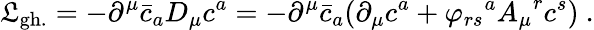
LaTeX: {\cal{\mathfrak{L}}}_{\mathrm{{gh.}}}=-{\partial}^{\mu}{\bar{{c}}}_{a}D_{\mu}{c^{a}}=-{\partial}^{\mu}{\bar{{c}}}_{a}({\partial}_{\mu}c^{a}+{\varphi_{rs}}^{a}{A_{\mu}}^{r}{c^{s}})~.